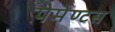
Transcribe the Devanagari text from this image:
पेमेण्टस